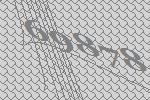
69878